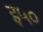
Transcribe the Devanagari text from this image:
इ५०